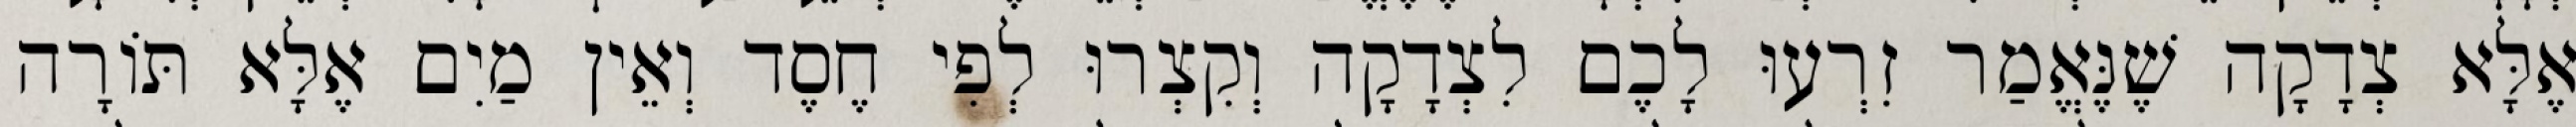
אֶלָּא צְדָקָה שֶׁנֶּאֱמַר זִרְעוּ לָכֶם לִצְדָקָה וְקִצְרוּ לְפִי חֶסֶד וְאֵין מַיִם אֶלָּא תּוֹרָה